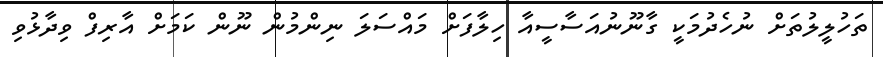
ތަހުލީލުތަށް ނުހެދުމަކީ ގާނޫނުއަސާސީއާ ހިލާފަށް މައްސަލަ ނިންމުން ނޫން ކަމަށް އާރިފް ވިދާޅުވި